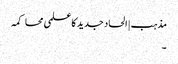
مذہب | الحاد جدید کا علمی محاکمہ
۔